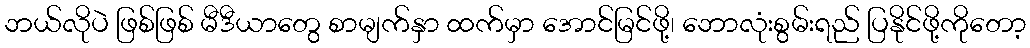
ဘယ်လိုပဲ ဖြစ်ဖြစ် မီဒီယာတွေ စာမျက်နှာ ထက်မှာ အောင်မြင်ဖို့၊ ဘောလုံးစွမ်းရည် ပြနိုင်ဖို့ကိုတော့